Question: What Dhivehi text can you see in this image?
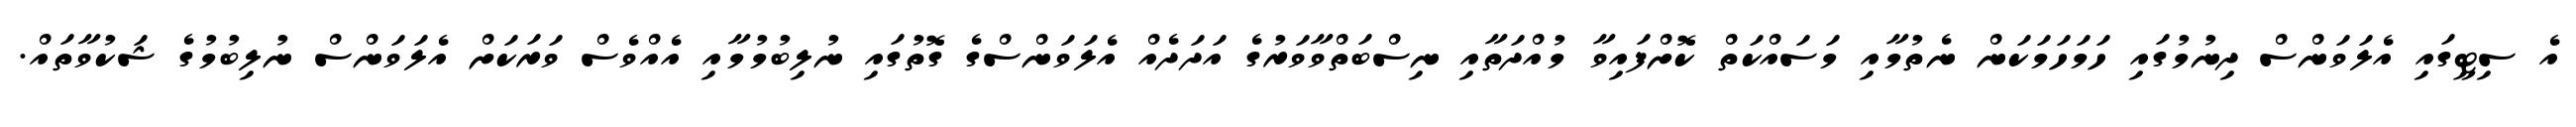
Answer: އެ ސިޓީގައި އެލަވަންސް ދިނުމުގައި ހަމަހަމަކަން ނެތުމާއި މަސައްކަތް ކޮށްފައިވާ މުއްދަތާއި ނިސްބަތްވާވަރުގެ އަދަދެއް އެލަވަންސްގެ ގޮތުގައި ނުލިބުމުމާއި އެއްވެސް ވަރަކަށް އެލަވަންސް ނުލިބުމުގެ ޝަކުވާތައް.